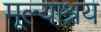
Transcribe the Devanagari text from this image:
मूल्याश्रय